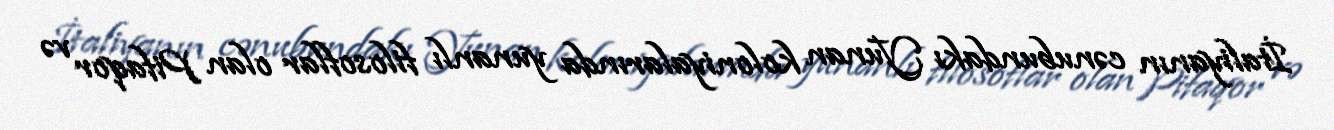
İtaliyanın cənubundakı Yunan koloniyalarında yunanlı filosoflar olan Pifaqor və